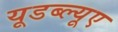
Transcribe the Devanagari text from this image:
यूडब्ल्यूए